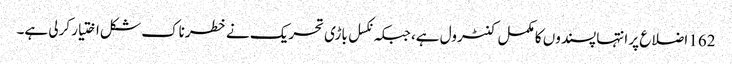
162 اضلاع پر انتہا پسندوں کا مکمل کنٹرول ہے، جبکہ نکسل باڑی تحریک نے خطرناک شکل اختیار کرلی ہے۔